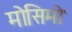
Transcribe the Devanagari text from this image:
मोसिमो